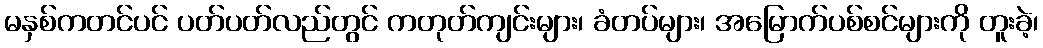
မနှစ်ကတင်ပင် ပတ်ပတ်လည်တွင် ကတုတ်ကျင်းများ၊ ခံတပ်များ၊ အမြောက်ပစ်စင်များကို တူးခဲ့၊